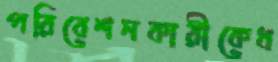
পরিবেশনকারীকেধ